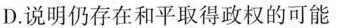
D.说明仍存在和平取得政权的可能